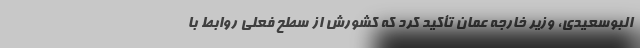
البوسعیدی، وزیر خارجه عمان تأکید کرد که کشورش از سطح فعلی روابط با